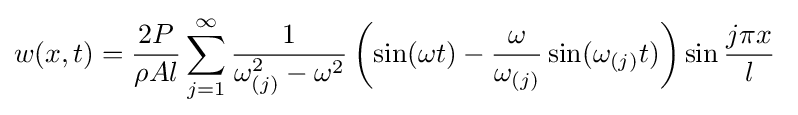
w(x,t)={\frac {2P}{\rho Al}}\sum _{j=1}^{\infty }{\frac {1}{\omega _{(j)}^{2}-\omega ^{2}}}\left(\sin(\omega t)-{\frac {\omega }{\omega _{(j)}}}\sin(\omega _{(j)}t)\right)\sin {\frac {j\pi x}{l}}\